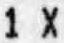
1 X